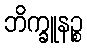
ဘိက္ခူနဉ္စ